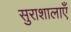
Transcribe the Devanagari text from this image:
सुराशालाएँ